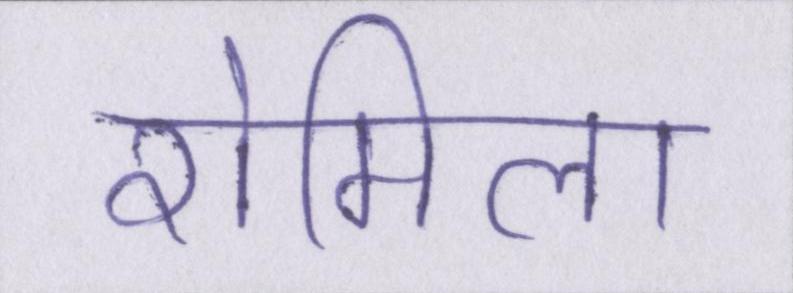
रोमिला